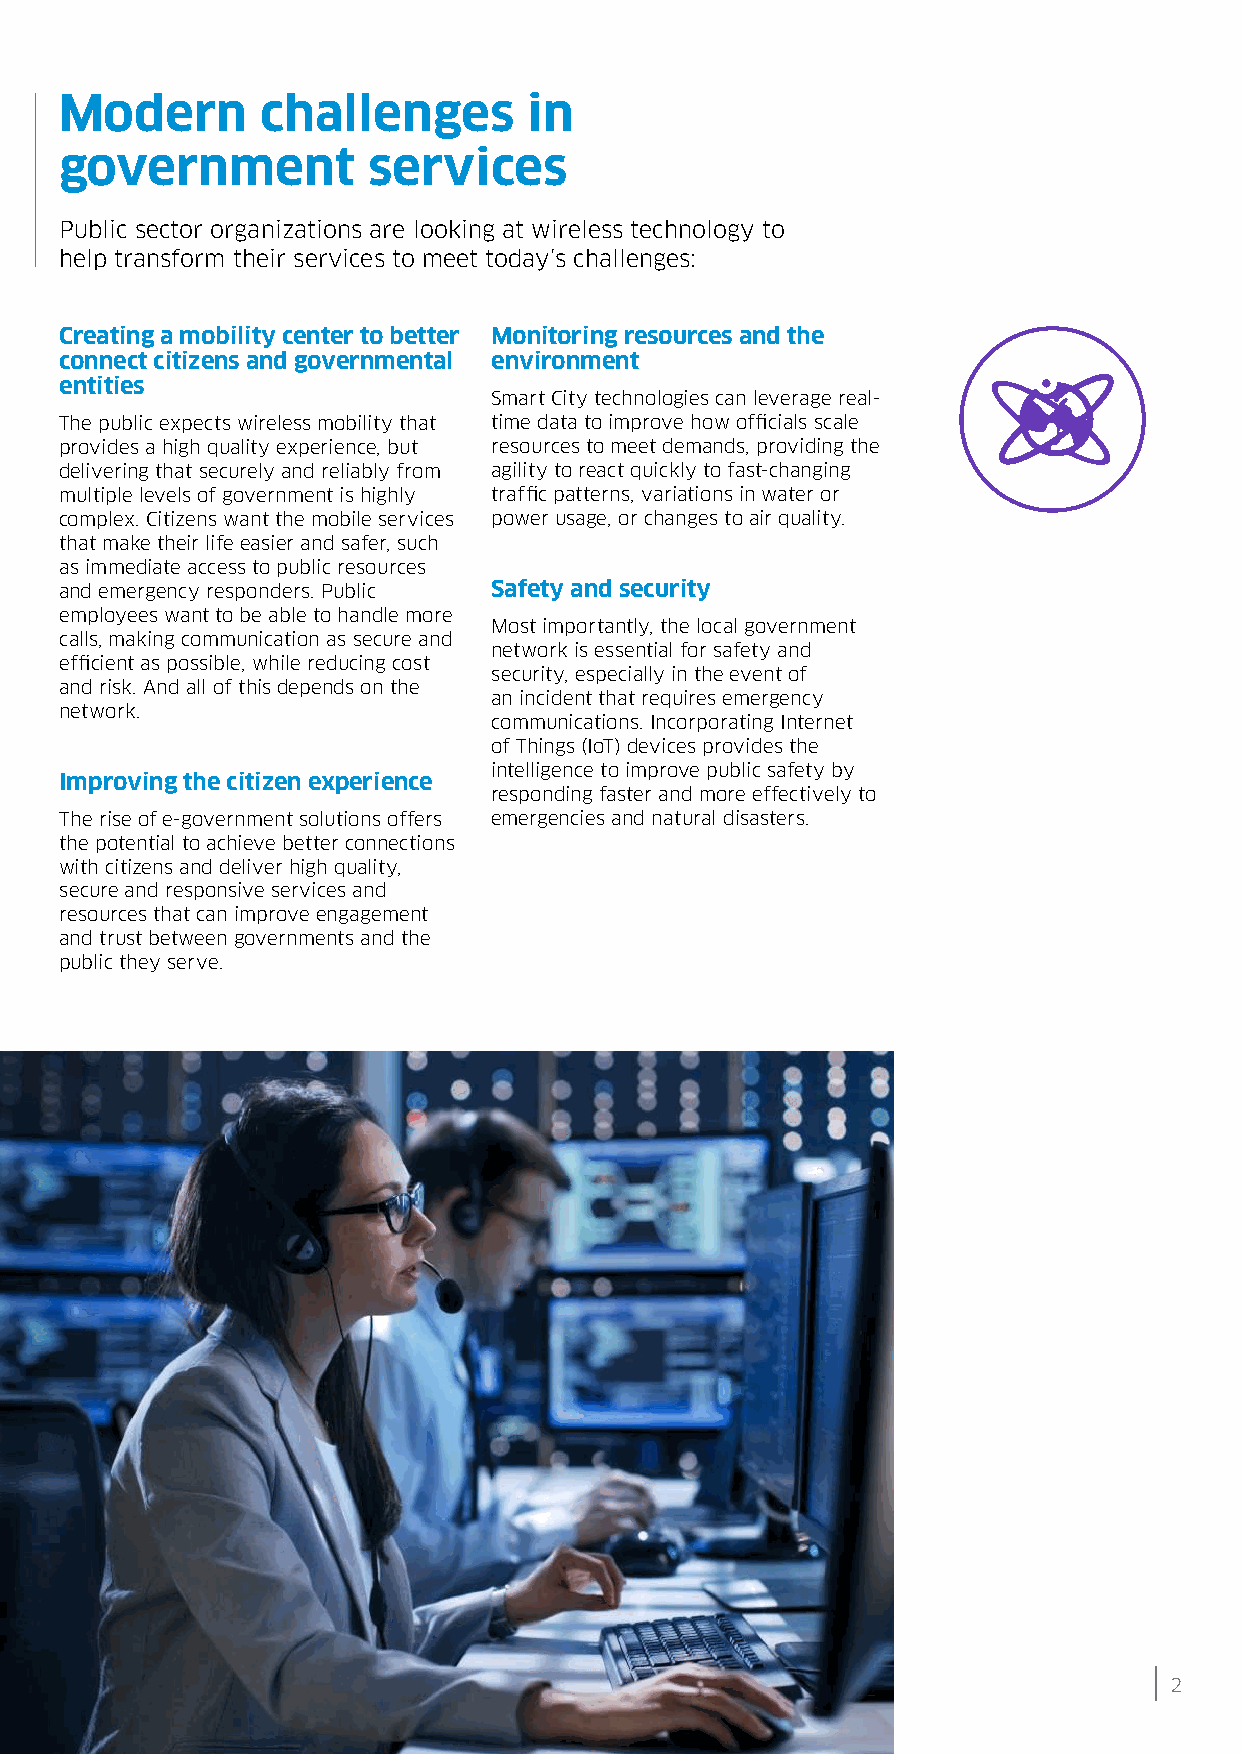
Modern       challenges        in
 government          services
 Public sector organizations are looking at wireless technology to
 help transform their services to meet today’s challenges:
 Creating a mobility center to better Monitoring resources and the
 connect citizens and governmental environment
 entities
 Smart City technologies can leverage real-
 The public expects wireless mobility that time data to improve how officials scale
 provides a high quality experience, but resources to meet demands, providing the
 delivering that securely and reliably from agility to react quickly to fast-changing
 multiple levels of government is highly traffic patterns, variations in water or
 complex. Citizens want the mobile services power usage, or changes to air quality.
 that make their life easier and safer, such
 as immediate access to public resources
 and emergency responders. Public Safety and security
 employees want to be able to handle more
 Most importantly, the local government
 calls, making communication as secure and
 network is essential for safety and
 efficient as possible, while reducing cost
 security, especially in the event of
 and risk. And all of this depends on the
 an incident that requires emergency
 network.
 communications. Incorporating Internet
 of Things (IoT) devices provides the
 intelligence to improve public safety by
 Improving the citizen experience
 responding faster and more effectively to
 The rise of e-government solutions offers emergencies and natural disasters.
 the potential to achieve better connections
 with citizens and deliver high quality,
 secure and responsive services and
 resources that can improve engagement
 and trust between governments and the
 public they serve.
 Government Solution Brief
 2
 Alcatel-Lucent OmniAccess Stellar WLAN